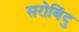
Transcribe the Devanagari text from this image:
सरोबिंदु